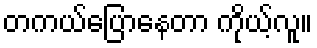
တကယ်ပြောနေတာ ကိုယ့်လူ။